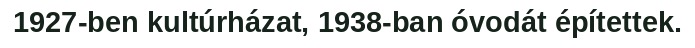
1927-ben kultúrházat, 1938-ban óvodát építettek.